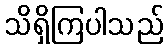
သိရှိကြပါသည်